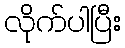
လိုက်ပါပြီး